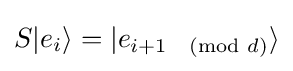
S|e_{i}\rangle =|e_{i+1{\pmod {d}}}\rangle